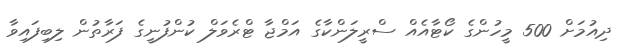
ދިއުމަށް 500 މީހުންގެ ކޯޓާއެއް ސްރީލަންކާގެ އަމްޖާ ޓްރެވަލް ކުންފުނީގެ ފަރާތުން ލިބިފައިވާ